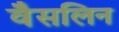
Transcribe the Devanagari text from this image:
वैसलिन